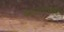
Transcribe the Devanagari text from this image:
यादवराजांची